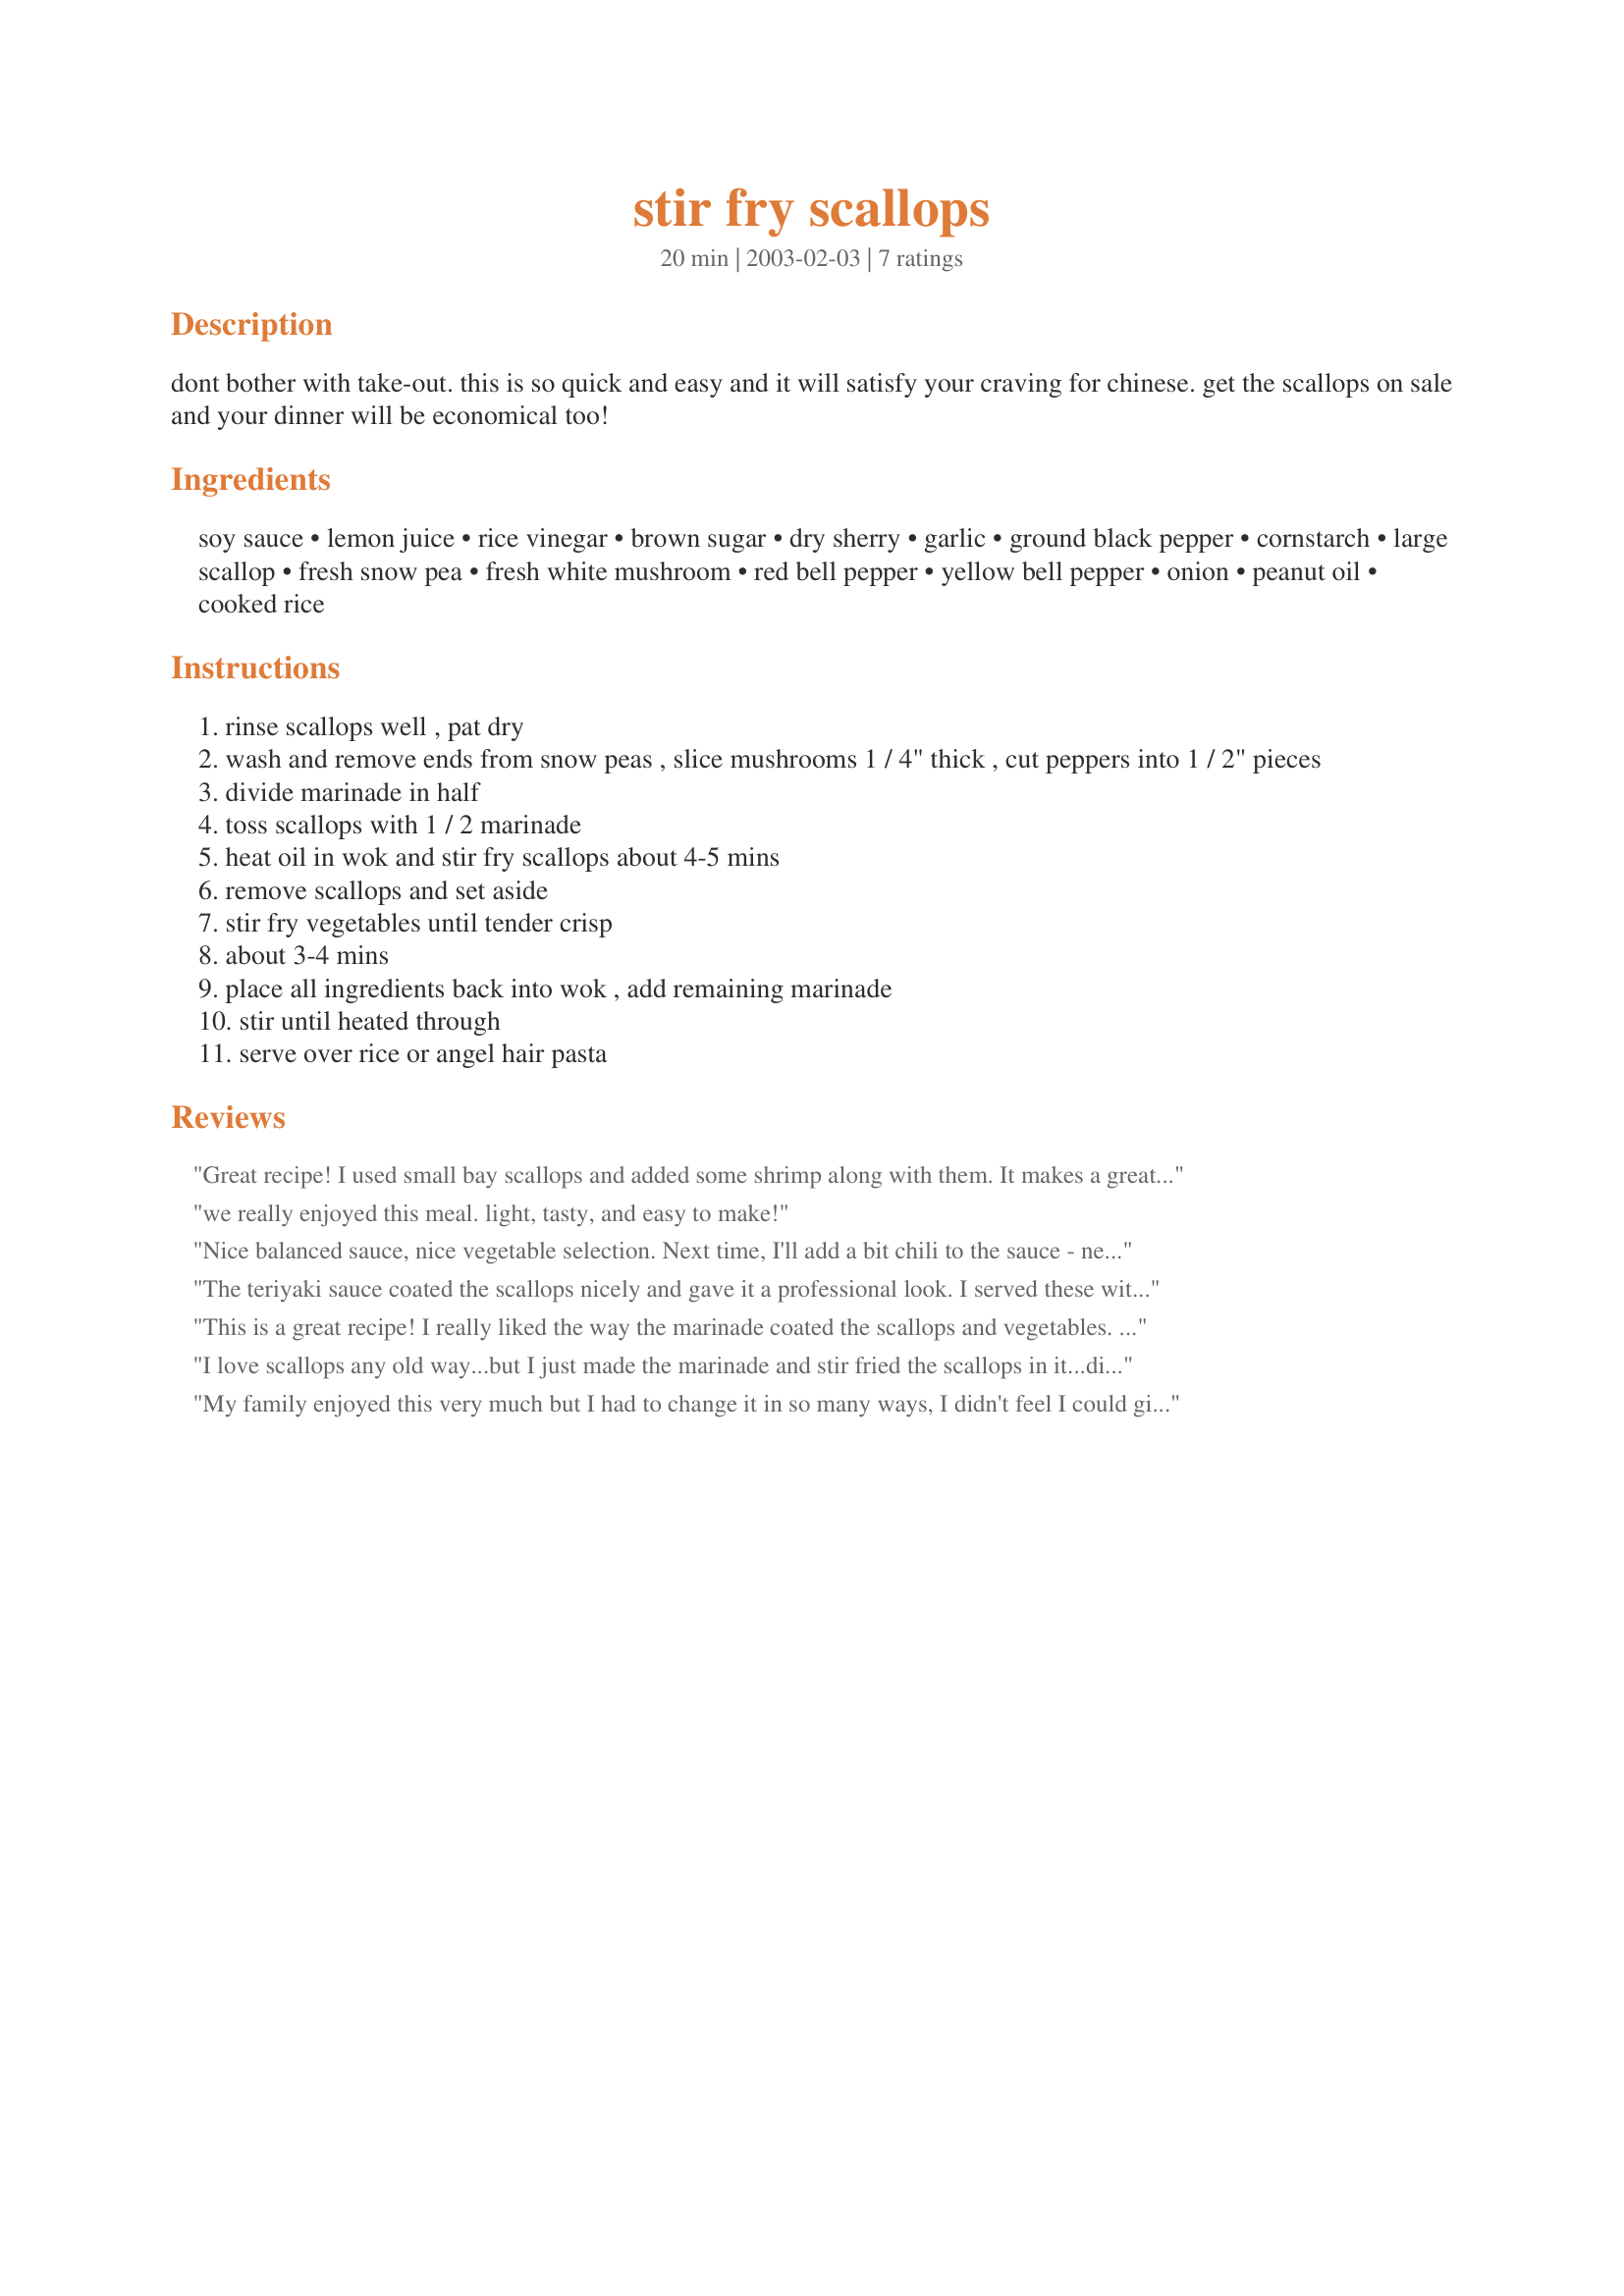
stir fry scallops
Preparation time: 20 minutes

dont bother with take-out. this is so quick and easy and it will satisfy your craving for chinese. get the scallops on sale and your dinner will be economical too!

Ingredients:
soy sauce, lemon juice, rice vinegar, brown sugar, dry sherry, garlic, ground black pepper, cornstarch, large scallop, fresh snow pea, fresh white mushroom, red bell pepper, yellow bell pepper, onion, peanut oil, cooked rice

Steps:
rinse scallops well , pat dry
wash and remove ends from snow peas , slice mushrooms 1 / 4" thick , cut peppers into 1 / 2" pieces
divide marinade in half
toss scallops with 1 / 2 marinade
heat oil in wok and stir fry scallops about 4-5 mins
remove scallops and set aside
stir fry vegetables until tender crisp
about 3-4 mins
place all ingredients back into wok , add remaining marinade
stir until heated through
serve over rice or angel hair pasta

Reviews:
Great recipe! I used small bay scallops and added some shrimp along with them. It makes a great colorful presentation, I too wish I had taken a picture. I think broccoli would have been a nice addition. I used brown rice which worked out great.
we really enjoyed this meal. light, tasty, and easy to make!
Nice balanced sauce, nice vegetable selection. Next time, I'll add a bit chili to the sauce - needs a little heat. Very easy, as well.
The teriyaki sauce coated the scallops nicely and gave it a professional look. I served these with Merlot's Green Beans with Tomatoes, which looked good on a plate together.I served it over angel hair pasta but will try rice next time. There is not a lot of sauce and I think it would go over moist rice better. My teenaged son went out of his way to say he liked the scallops and he does not eat seafood readily. 
Roxygirl in Colo.
This is a great recipe! I really liked the way the marinade coated the scallops and vegetables. I only had 200g of snow peas and a bit of red pepper, so added a thinly sliced carrot, some celery, broccoli, and baby corn cobs. Served it over angel hair pasta but would also try rice next time. It looked really pretty, and I wish I would have taken a picture. Maybe next time since I'll definitely be making this again. Thanks for posting the recipe.
I love scallops any old way...but I just made the marinade and stir fried the scallops in it...did not make the rest of the recipe as I served these with Shanghai Noodles #61712
My family enjoyed this very much but I had to change it in so many ways, I didn't feel I could give you an accurate rating. But overall we enjoyed your post, I had no idea what I was going to do with my extra scallops and this helped out a lot,so thanks for sharing!
